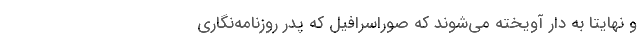
و نهایتاً به دار آویخته می‌شوند که صوراسرافیل که پدر روزنامه‌نگاری